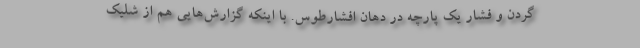
گردن و فشار یک پارچه در دهان افشارطوس. با اینکه گزارش‌هایی هم از شلیک